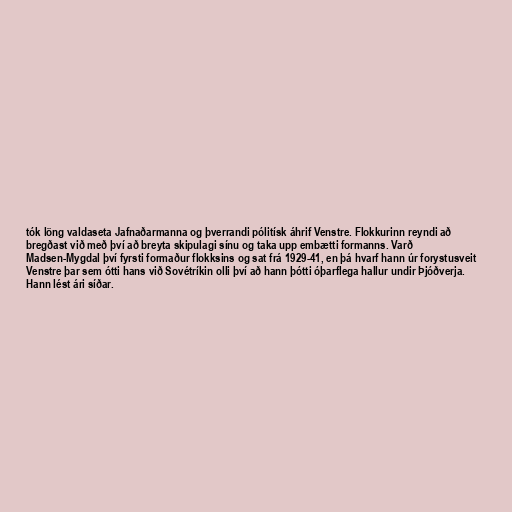
tók löng valdaseta Jafnaðarmanna og þverrandi pólitísk áhrif Venstre. Flokkurinn reyndi að
bregðast við með því að breyta skipulagi sínu og taka upp embætti formanns. Varð
Madsen-Mygdal því fyrsti formaður flokksins og sat frá 1929-41, en þá hvarf hann úr forystusveit
Venstre þar sem ótti hans við Sovétríkin olli því að hann þótti óþarflega hallur undir Þjóðverja.
Hann lést ári síðar.